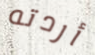
أردته